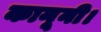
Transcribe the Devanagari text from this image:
कानूनी।